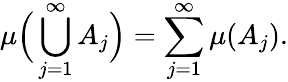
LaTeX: \mu{\Big(}\bigcup_{j=1}^{\infty}A_{j}{\Big)}=\sum_{j=1}^{\infty}\mu(A_{j}).